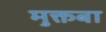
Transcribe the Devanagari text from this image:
मुक्तबा